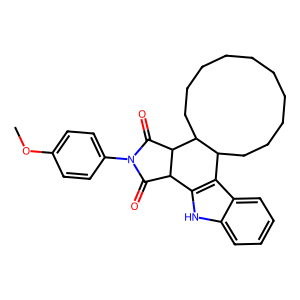
SMILES: COc1ccc(N2C(=O)C3c4[nH]c5ccccc5c4C4CCCCCCCCCCC4C3C2=O)cc1
Inhibits HIV replication: No